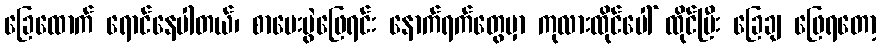
ခြေထောက် ရောင်နေပါတယ်၊ စာမေးပွဲဖြေရင်း နောက်ရက်တွေမှာ ကုလားထိုင်ပေါ် ထိုင်ပြီး ခြေချ ဖြေရတော့